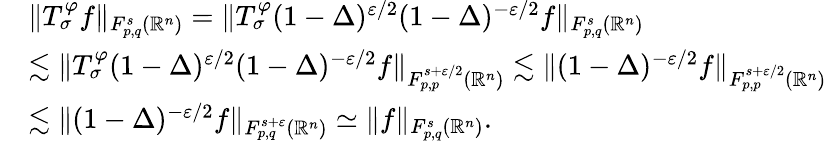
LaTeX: \begin{array}{rl}&{\Vert T_{\sigma}^{\varphi}f\Vert_{F_{p,q}^{s}(\mathbb{R}^{n})}=\Vert T_{\sigma}^{\varphi}(1-\Delta)^{\varepsilon/2}(1-\Delta)^{-\varepsilon/2}f\Vert_{F_{p,q}^{s}(\mathbb{R}^{n})}}\\ &{\lesssim\Vert T_{\sigma}^{\varphi}(1-\Delta)^{\varepsilon/2}(1-\Delta)^{-\varepsilon/2}f\Vert_{F_{p,p}^{s+\varepsilon/2}(\mathbb{R}^{n})}\lesssim\Vert(1-\Delta)^{-\varepsilon/2}f\Vert_{F_{p,p}^{s+\varepsilon/2}(\mathbb{R}^{n})}}\\ &{\lesssim\Vert(1-\Delta)^{-\varepsilon/2}f\Vert_{F_{p,q}^{s+\varepsilon}(\mathbb{R}^{n})}\simeq\Vert f\Vert_{F_{p,q}^{s}(\mathbb{R}^{n})}.}\end{array}